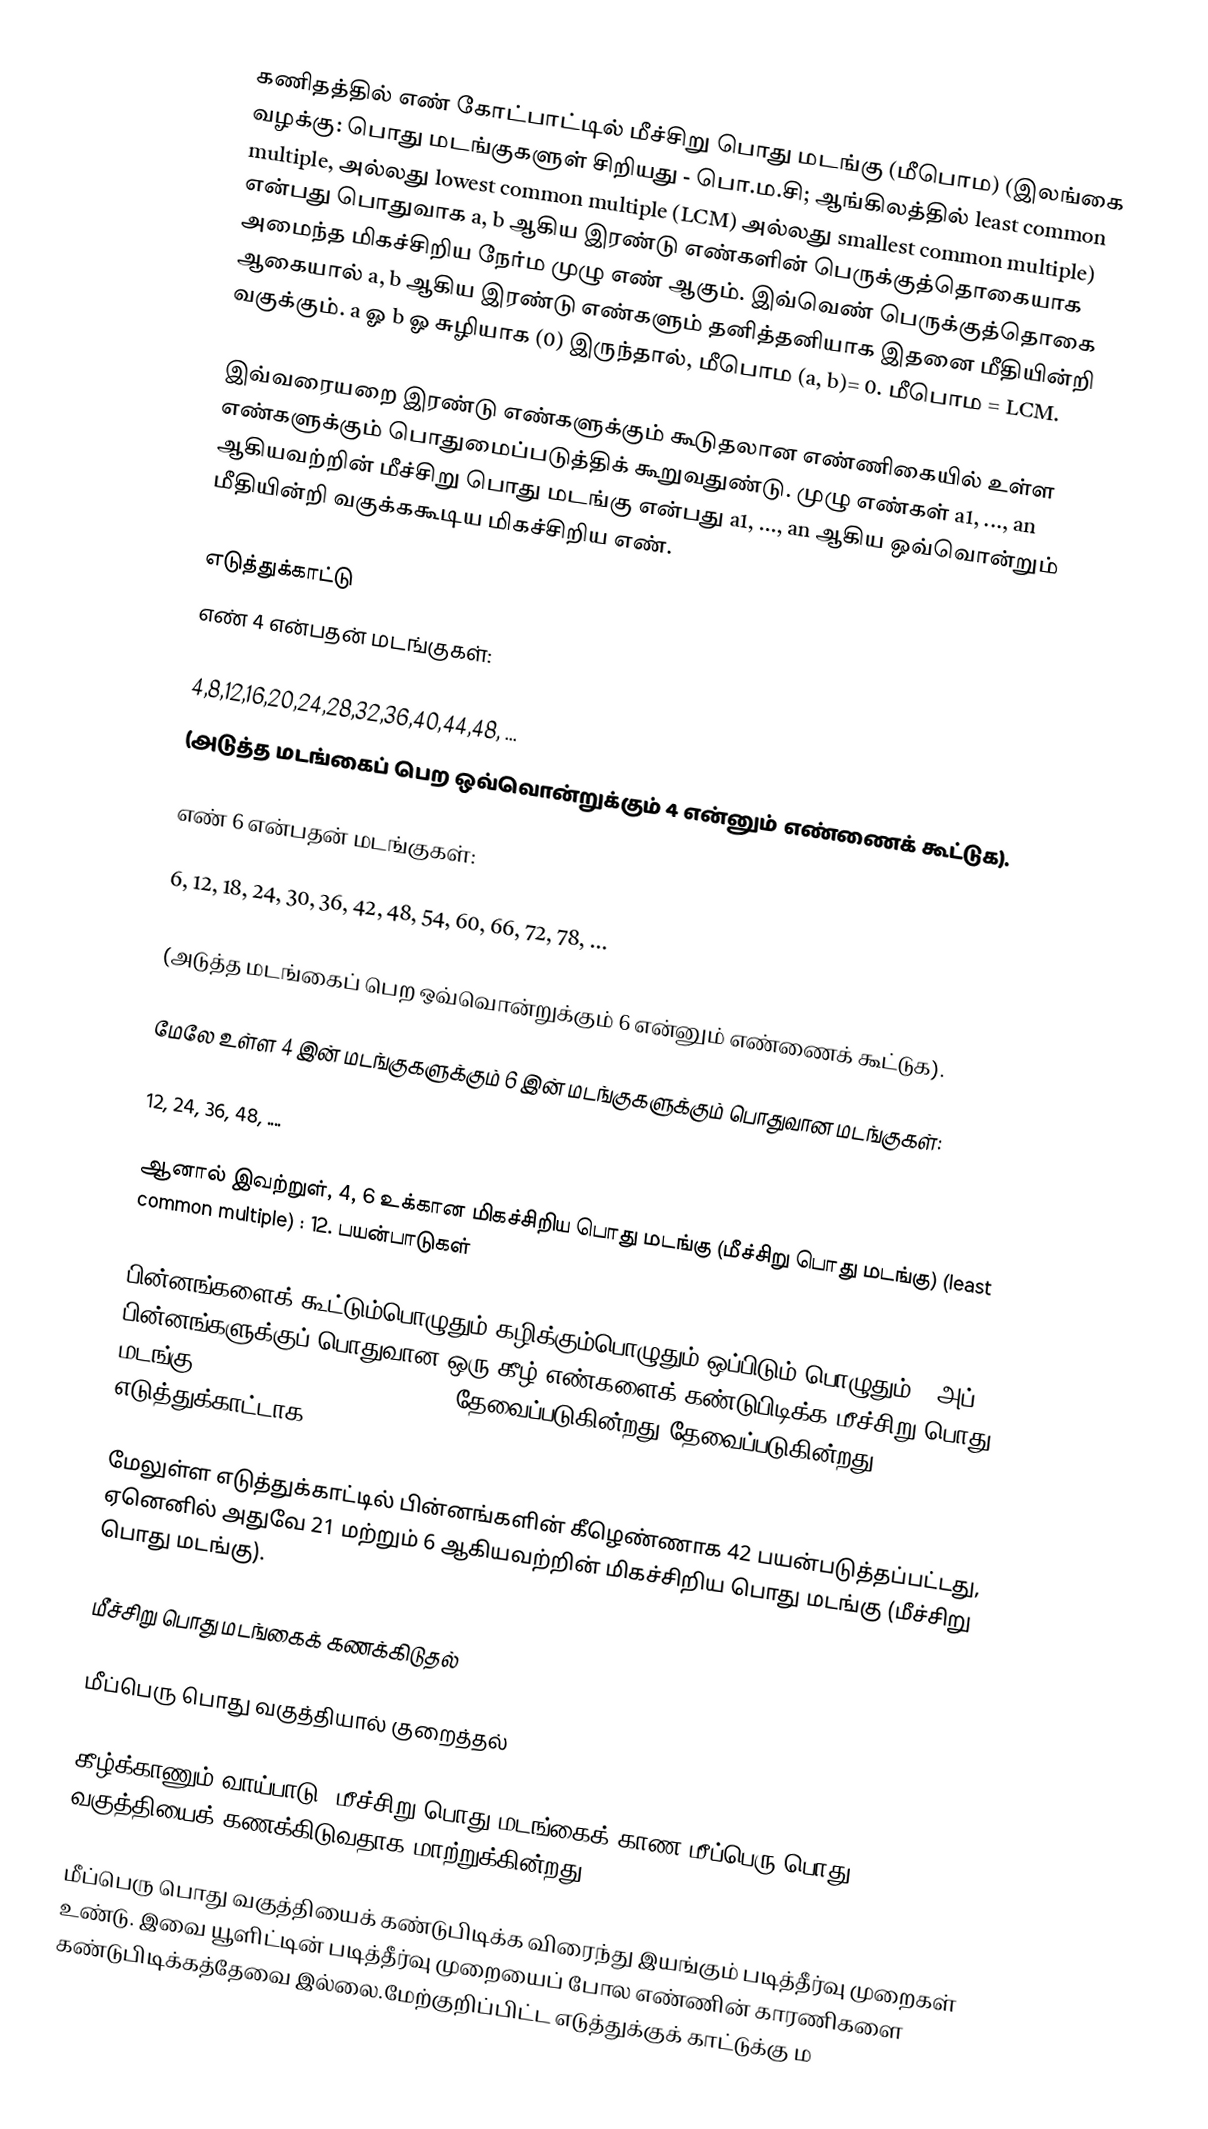
கணிதத்தில் எண் கோட்பாட்டில் மீச்சிறு பொது மடங்கு (மீபொம) (இலங்கை வழக்கு: பொது மடங்குகளுள் சிறியது - பொ.ம.சி; ஆங்கிலத்தில் least common multiple, அல்லது lowest common multiple (LCM) அல்லது smallest common multiple) என்பது பொதுவாக a, b ஆகிய இரண்டு எண்களின் பெருக்குத்தொகையாக அமைந்த மிகச்சிறிய நேர்ம முழு எண் ஆகும். இவ்வெண் பெருக்குத்தொகை ஆகையால் a, b ஆகிய இரண்டு எண்களும் தனித்தனியாக இதனை மீதியின்றி வகுக்கும். a ஓ b ஓ சுழியாக (0) இருந்தால், மீபொம (a, b)= 0. மீபொம = LCM.

இவ்வரையறை இரண்டு எண்களுக்கும் கூடுதலான எண்ணிகையில் உள்ள எண்களுக்கும் பொதுமைப்படுத்திக் கூறுவதுண்டு. முழு எண்கள் a1, ..., an ஆகியவற்றின் மீச்சிறு பொது மடங்கு என்பது a1, ..., an ஆகிய ஒவ்வொன்றும் மீதியின்றி வகுக்ககூடிய மிகச்சிறிய எண்.

எடுத்துக்காட்டு
எண் 4 என்பதன் மடங்குகள்:

 4,8,12,16,20,24,28,32,36,40,44,48, ...
(அடுத்த மடங்கைப் பெற ஒவ்வொன்றுக்கும் 4 என்னும் எண்ணைக் கூட்டுக).

எண் 6 என்பதன் மடங்குகள்:

 6, 12, 18, 24, 30, 36, 42, 48, 54, 60, 66, 72, 78, ...

(அடுத்த மடங்கைப் பெற ஒவ்வொன்றுக்கும் 6 என்னும் எண்ணைக் கூட்டுக).

மேலே உள்ள 4 இன் மடங்குகளுக்கும் 6 இன் மடங்குகளுக்கும் பொதுவான மடங்குகள்:

 12, 24, 36, 48, ....

ஆனால் இவற்றுள், 4, 6 உக்கான மிகச்சிறிய பொது மடங்கு (மீச்சிறு பொது மடங்கு) (least common multiple) : 12. பயன்பாடுகள்

பின்னங்களைக் கூட்டும்பொழுதும் கழிக்கும்பொழுதும் ஒப்பிடும் பொழுதும் , அப் பின்னங்களுக்குப் பொதுவான ஒரு கீழ் எண்களைக் கண்டுபிடிக்க மீச்சிறு பொது மடங்கு (lowest common denominator) தேவைப்படுகின்றது தேவைப்படுகின்றது. எடுத்துக்காட்டாக,

மேலுள்ள எடுத்துக்காட்டில் பின்னங்களின் கீழெண்ணாக 42 பயன்படுத்தப்பட்டது, ஏனெனில் அதுவே 21 மற்றும் 6 ஆகியவற்றின் மிகச்சிறிய பொது மடங்கு (மீச்சிறு பொது மடங்கு).

 மீச்சிறு பொது மடங்கைக் கணக்கிடுதல்

 மீப்பெரு பொது வகுத்தியால் குறைத்தல்

கீழ்க்காணும் வாய்பாடு, மீச்சிறு பொது மடங்கைக் காண மீப்பெரு பொது வகுத்தியைக் கணக்கிடுவதாக மாற்றுக்கின்றது:

மீப்பெரு பொது வகுத்தியைக் கண்டுபிடிக்க விரைந்து இயங்கும் படித்தீர்வு முறைகள் உண்டு. இவை யூளிட்டின் படித்தீர்வு முறையைப் போல எண்ணின் காரணிகளை கண்டுபிடிக்கத்தேவை இல்லை.மேற்குறிப்பிட்ட எடுத்துக்குக் காட்டுக்கு ம